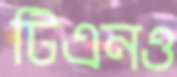
টিএনও